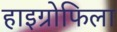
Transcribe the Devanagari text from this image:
हाइग्रोफिला